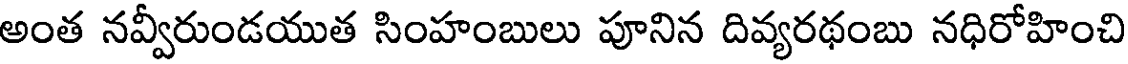
అంత నవ్వీరుండయుత సింహంబులు పూనిన దివ్యరథంబు నధిరోహించి